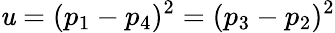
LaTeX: \mathit{u}=(p_{1}-p_{4})^{2}=(p_{3}-p_{2})^{2}